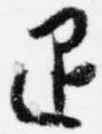
退